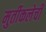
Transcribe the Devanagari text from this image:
मुर्तीकलेची